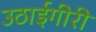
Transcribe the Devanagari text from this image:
उठाईगीरी